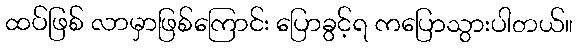
ထပ်ဖြစ် လာမှာဖြစ်ကြောင်း ပြောခွင့်ရ ကပြောသွားပါတယ်။